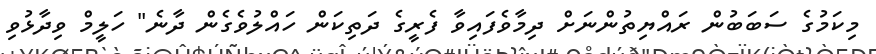
މިކަމުގެ ސަބަބުން ރައްޔިތުންނަށް ދިމާވެފައިވާ ފެރީގެ ދަތިކަން ހައްލުވެގެން ދާނެ" ހަލީމް ވިދާޅުވި